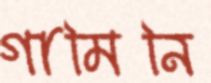
গামিনি